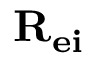
{ \bf { R _ { e i } } }